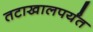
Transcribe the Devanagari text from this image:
तटाखालपर्यंत